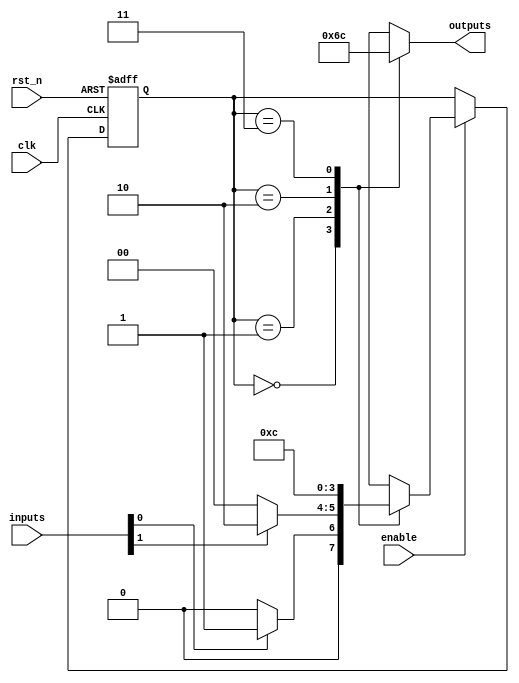
module parameterized_fsm #(
    parameter NUM_STATES = 4,           // Total number of states
    parameter NUM_INPUTS = 2,            // Number of inputs influencing transitions
    parameter NUM_OUTPUTS = 2             // Number of outputs generated
) (
    input wire clk,                       // Clock signal
    input wire rst_n,                     // Asynchronous reset (active low)
    input wire enable,                    // Enable signal
    input wire [NUM_INPUTS-1:0] inputs,  // Input signals
    output reg [NUM_OUTPUTS-1:0] outputs  // Output signals
);

    // State encoding
    localparam STATE_WIDTH = $clog2(NUM_STATES);
    reg [STATE_WIDTH-1:0] current_state, next_state;

    // State encoding definition
    localparam S0 = 0;
    localparam S1 = 1;
    localparam S2 = 2;
    localparam S3 = 3;

    // Sequential logic for state updating
    always @(posedge clk or negedge rst_n) begin
        if (!rst_n) begin
            current_state <= S0; // Reset to initial state
        end else if (enable) begin
            current_state <= next_state; // Update state
        end
    end

    // Combinational logic for next state and output generation
    always @(*) begin
        case (current_state)
            S0: begin
                next_state = (inputs[0]) ? S1 : S0;  // State transition logic
                outputs = 2'b01;  // Output for state S0
            end
            S1: begin
                next_state = (inputs[1]) ? S2 : S0;  // State transition logic
                outputs = 2'b10;  // Output for state S1
            end
            S2: begin
                next_state = S3;   // Always transition to S3
                outputs = 2'b11;  // Output for state S2
            end
            S3: begin
                next_state = S0;   // Transition back to S0
                outputs = 2'b00;  // Output for state S3
            end
            default: begin
                next_state = S0;   // Default transition
                outputs = 2'b00;  // Default output
            end
        endcase
    end

endmodule